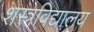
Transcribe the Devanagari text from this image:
शस्त्रविद्यालय